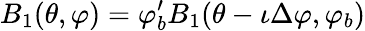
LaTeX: B_{1}(\theta,\varphi)=\varphi_{b}^{\prime}B_{1}(\theta-\iota\Delta\varphi,\varphi_{b})